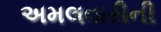
અમલવારીની